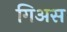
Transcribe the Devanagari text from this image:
गिअस